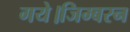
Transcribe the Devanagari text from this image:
गये।जिम्बरन